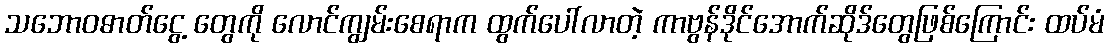
သဘောဝဓာတ်ငွေ့ တွေကို လောင်ကျွမ်းစေရာက ထွက်ပေါ်လာတဲ့ ကာဗွန်ဒိုင်အောက်ဆိုဒ်တွေဖြစ်ကြောင်း ထပ်မံ